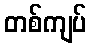
တစ်ကျပ်